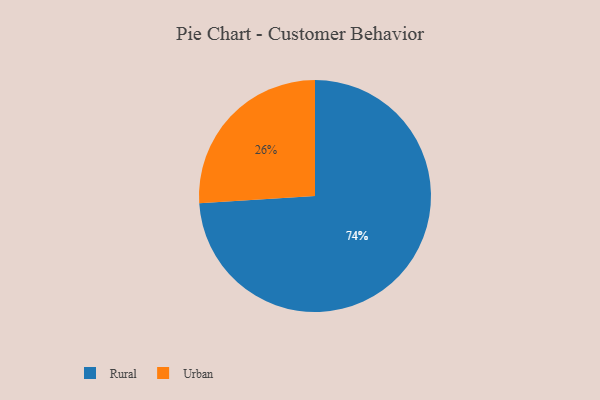
{"axis": {"x": "Category", "y": "Percentage"}, "legend": ["Rural", "Urban"], "data": [{"x": "Urban", "y": 26, "type": "Urban"}, {"x": "Rural", "y": 74, "type": "Rural"}]}